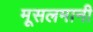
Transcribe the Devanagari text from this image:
मूसलमानी